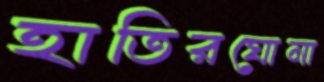
হাতিরঘোনা